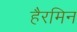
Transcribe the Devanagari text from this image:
हैरमिन